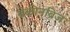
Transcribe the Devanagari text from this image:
ब्रेकीनब्रिज